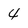
Character: 4